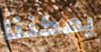
يمكننا